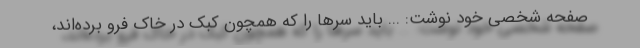
صفحه شخصی خود نوشت: ... باید سرها را که همچون کبک در خاک فرو برده‌اند،